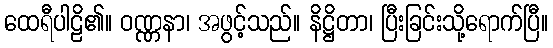
ထေရီပါဠိ၏။ ဝဏ္ဏနာ၊ အဖွင့်သည်။ နိဋ္ဌိတာ၊ ပြီးခြင်းသို့ရောက်ပြီ။